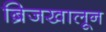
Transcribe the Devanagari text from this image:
ब्रिजखालून